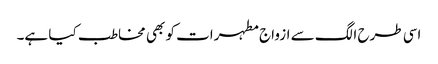
اسی طرح الگ سے ازواج مطہرات کو بھی مخاطب کیا ہے۔